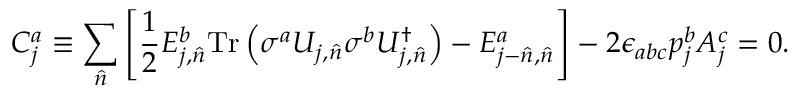
C _ { j } ^ { a } \equiv \sum _ { \hat { n } } \left[ { \frac { 1 } { 2 } } E _ { j , { \hat { n } } } ^ { b } \mathrm { T r } \left( \sigma ^ { a } U _ { j , { \hat { n } } } \sigma ^ { b } U _ { j , { \hat { n } } } ^ { \dagger } \right) - E _ { j - { \hat { n } } , { \hat { n } } } ^ { a } \right] - 2 \epsilon _ { a b c } p _ { j } ^ { b } A _ { j } ^ { c } = 0 .